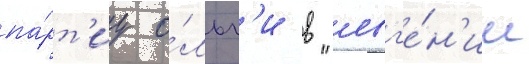
па́рт'иу о́льг'и в "евг'е́н'ии